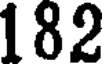
182